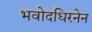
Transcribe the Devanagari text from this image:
भवोदधिरनेन